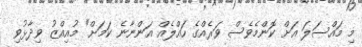
މި މައްސަލަ އަށް ކޮންމެވެސް ވަރެއްގެ ހައްލެއް އަންނާނެ ކަމަށް" މުއިއްޒު ވިދާޅުވި